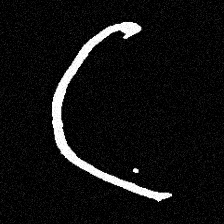
Pyu character \u2014 Myanmar letter: ဋ (romanized: tta)